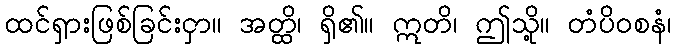
ထင်ရှားဖြစ်ခြင်းငှာ။ အတ္ထိ၊ ရှိ၏။ ဣတိ၊ ဤသို့။ တံပိဝစနံ၊